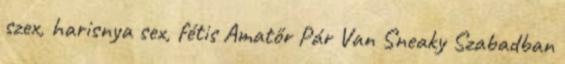
szex, harisnya sex, fétis Amatőr Pár Van Sneaky Szabadban